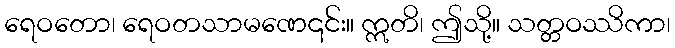
ရေဝတော၊ ရေဝတသာမဏေ၎င်း။ ဣတိ၊ ဤသို့။ သတ္တဝဿိကာ၊